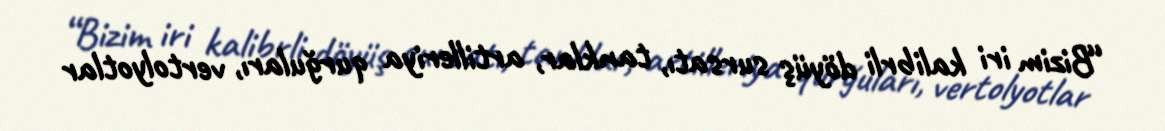
“Bizim iri kalibrli döyüş sursatı, tanklar, artilleriya qurğuları, vertolyotlar